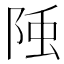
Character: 𨹤